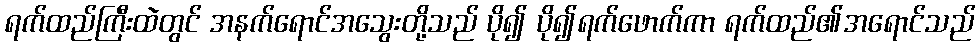
ရက်ထည်ကြီးထဲတွင် အနက်ရောင်အသွေးတို့သည် ပို၍ ပို၍ရက်ဖောက်ကာ ရက်ထည်၏အရောင်သည်